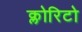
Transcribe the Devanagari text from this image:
क्लोरिटो